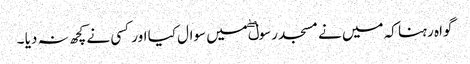
گواہ رہنا کہ میں نے مسجد رسولۖ میں سوال کیا اور کسی نے کچھ نہ دیا ۔